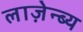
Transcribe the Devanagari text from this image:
लाज़ेन्ब्य